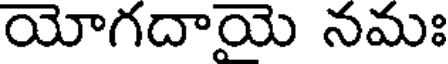
యోగదాయె నమః